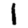
Digit: 1